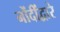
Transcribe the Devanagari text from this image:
नोंदींद्वारे